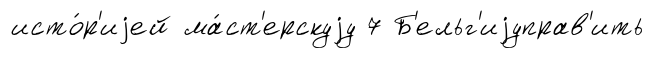
исто́р'иjей ма́ст'ерскуjу 7 Б'ельг'иjуправ'ить